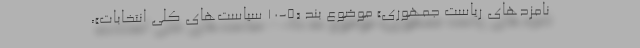
نامزد‌های ریاست جمهوری» موضوع بند «۵-۱۰ سیاست‌های کلی انتخابات»،